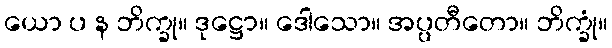
ယော ပ န ဘိက္ခု။ ဒုဋ္ဌော။ ဒေါသော။ အပ္ပတီတော။ ဘိက္ခုံ။